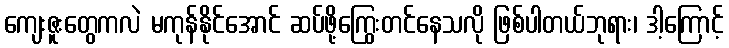
ကျေးဇူးတွေကလဲ မကုန်နိုင်အောင် ဆပ်ဖို့ကြွေးတင်နေသလို ဖြစ်ပါတယ်ဘုရား၊ ဒါ့ကြောင့်